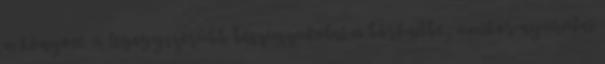
a könyvet a legegyszerűbb beszuszakolni a bőröndbe, amikor nyaralni